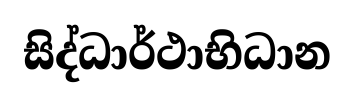
සිද්ධාර්ථාභිධාන